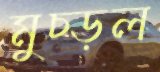
মুচ্‌ড়ল